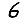
Digit: 6